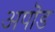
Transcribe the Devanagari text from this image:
अपॊड